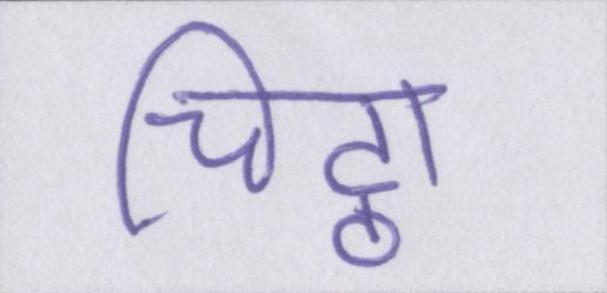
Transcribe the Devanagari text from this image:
चिट्ठा